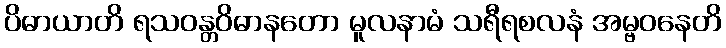
ပိဓာယာတိ ရသဝန္တဝိဓာနတော မူလနာမံ သရီရစလနံ အမ္ဗဝနေတိ